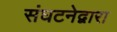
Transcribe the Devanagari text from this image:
संघटनेद्वारा